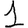
Digit: 1